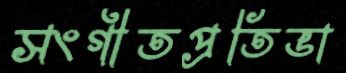
সংগীতপ্রতিভা